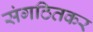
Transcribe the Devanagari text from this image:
संगठितकर